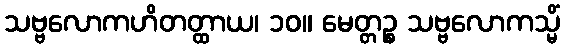
သဗ္ဗလောကဟိတတ္ထာယ၊ ၁၀။ မေတ္တဉ္စ သဗ္ဗလောကသ္မိံ